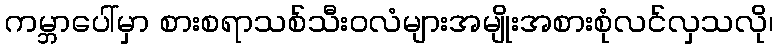
ကမ္ဘာပေါ်မှာ စားစရာသစ်သီးဝလံများအမျိုးအစားစုံလင်လှသလို၊